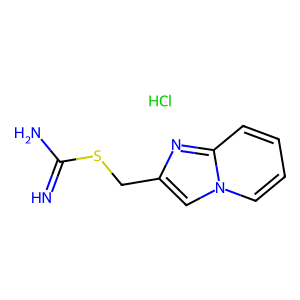
SMILES: Cl.N=C(N)SCc1cn2ccccc2n1
Inhibits HIV replication: No